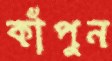
কাঁপুন